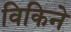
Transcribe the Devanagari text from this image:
विकिने